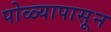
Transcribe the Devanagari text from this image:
पोळ्यापासून